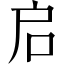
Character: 启